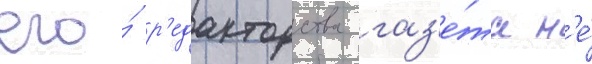
его́ р'едакторства газ'е́та н'е́